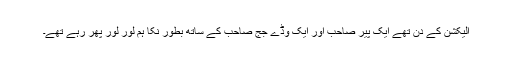
الیکشن کے دن تھے ایک پیر صاحب اور ایک وڈے جج صاحب کے ساتھ بطور نکا ہم لور لور پھر رہے تھے۔